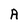
Character: A